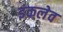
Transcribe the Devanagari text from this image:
इंकलेव